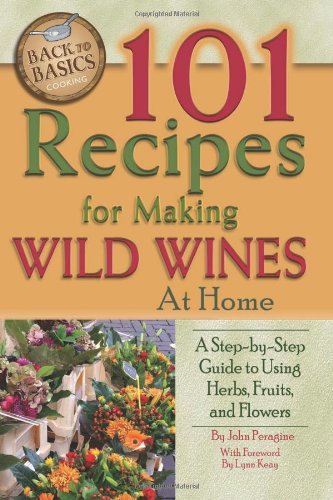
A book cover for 101 Recipes for Making Wild Wines at Home: A Step-by-Step Guide to Using Herbs, Fruits, and Flowers (Back to Basics Cooking); John N Peragine Jr.; Cookbooks, Food & Wine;